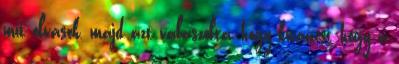
mit olvasok, majd azt válaszolta, hogy kíváncsi, hogy a